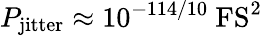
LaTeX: P_{\mathrm{jitter}}\approx 10^{-114/10}~\mathrm{FS^{2}}